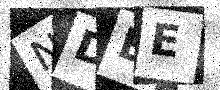
Text: NDBE